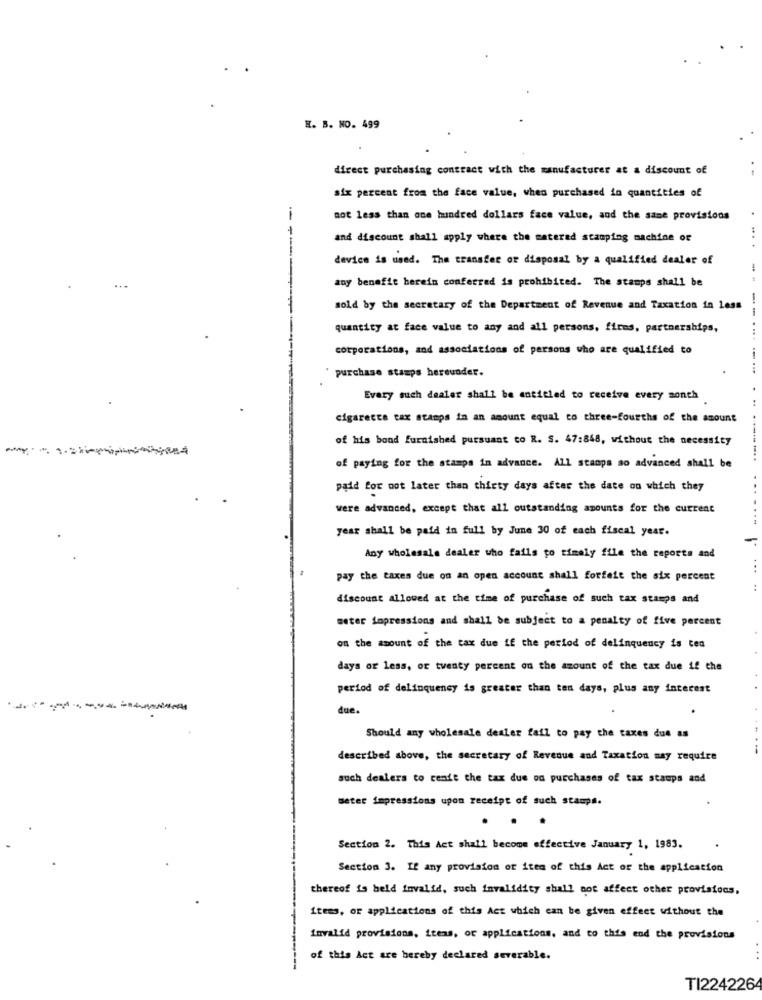
H. B. NO. 499
direct purchasing contract with the manufacturer at a discount of
six percent from the face value, when purchased in quantities of
not less than one hundred dollars face value, and the same provisions
and discount shall apply where the matered stamping machine or
---
device is used. The transfer or disposal by a qualified dealer of
any benefit berein conferred is prohibited. The stamps shall be
-..
sold by the secretary of the Department of Revenue and Taxation in less
quantity at face value to any and all persons, firms, partnerships,
--....
corporations, and associations of persons who are qualified to
purchase stamps hereunder.
Every such dealer shall be entitled to receive every month
cigarette tax stamps in an amount equal to three-fourths of the amount
of his bond furnished pursuant to R. S. 47:848, without the necessity
of paying for the stampa in advance. All stampa ao advanced shall be
paid for not later than thirty days after the date on which they
were advanced, except that all outstanding amounts for the current
year shall be paid in full by June 30 of each fiscal year.
Any wholesale dealer who fails to timely file the reports and
...
pay the taxes due on an open account shall forfeit the six percent
discount allowed at the time of purchase of such tax stamps and
seter impressions and shall be subject to a penalty of five percent
on the amount of the tax due if the period of delinquency is ten
days or less, or twenty percent on the amount of the tax due if the
period of delinquency is greater than ten days, plus any interest
due.
Should any wholesale dealer fail to pay the taxes due as
described above, the secretary of Revenue and Taxation may require
such dealers to cente the tax due on purchases of tax stamps and
Beter impressions upon receipt of such stamps.
.
Section 2. This Act shall become effective January 1, 1983.
Section 3. If any provision of ites of this Act of the application
thereof is held fovalid, such invalidity shall not affect other provisions,
items, or applications of this Act which can be given effect without the
Invalid provisions, items, or applications, and to this end the provisions
of this Act are hereby declared severable.
TI224226